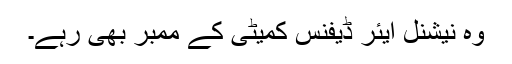
وہ نیشنل ایئر ڈیفنس کمیٹی کے ممبر بھی رہے۔